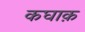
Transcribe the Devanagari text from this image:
कघाक़